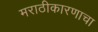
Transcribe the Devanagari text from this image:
मराठीकारणाचा